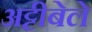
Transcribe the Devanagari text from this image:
अट्टीबेले